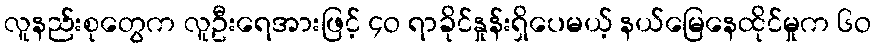
လူနည်းစုတွေက လူဦးရေအားဖြင့် ၄ဝ ရာခိုင်နှုန်းရှိပေမယ့် နယ်မြေနေထိုင်မှုက ၆ဝ